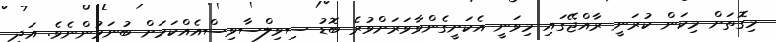
މިގޮތަށް މިކަން ކުރަނީ ރާއްޖޭގައި މިވަނީ އެކަށީގެންވާވަރަށްވުރެ ބޮޑު ސިވިލްސާވިސްއެއްކަމަށް ބުނަމުންނެވެ. އަދި